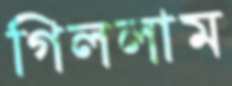
গিললাম